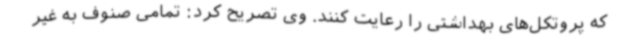
که پروتکل‌های بهداشتی را رعایت کنند. وی تصریح کرد: تمامی صنوف به غیر